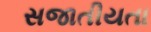
સજાતીયતા